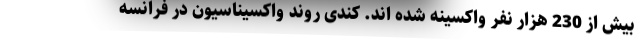
بیش از 230 هزار نفر واکسینه شده اند. کندی روند واکسیناسیون در فرانسه